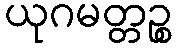
ယုဂမတ္တဉ္စ